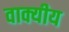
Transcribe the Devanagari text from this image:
वाक्यीय